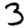
Digit: 3